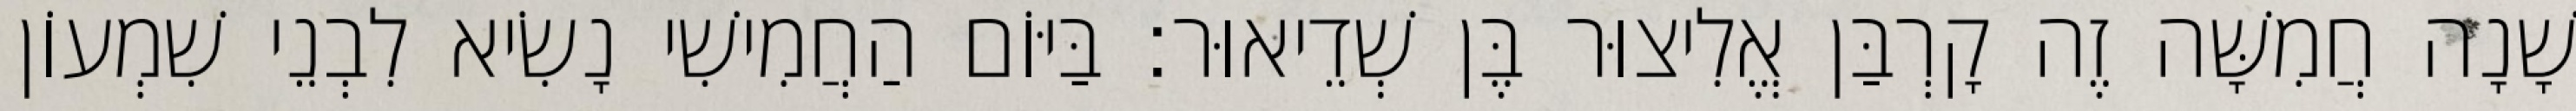
שָׁנָה חֲמִשָּׁה זֶה קָרְבַּן אֱלִיצוּר בֶּן שְׁדֵיאוּר׃ בַּיּוֹם הַחֲמִישִׁי נָשִׂיא לִבְנֵי שִׁמְעוֹן